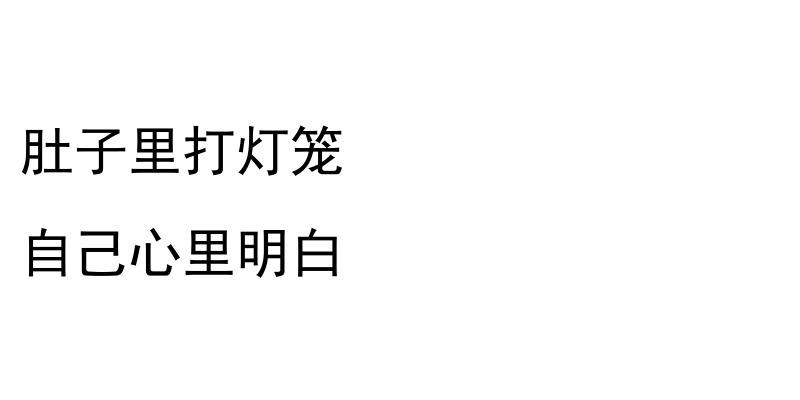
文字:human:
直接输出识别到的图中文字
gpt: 肚子里打灯笼 自己心里明白